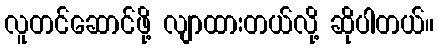
လူတင်ဆောင်ဖို့ လျာထားတယ်လို့ ဆိုပါတယ်။